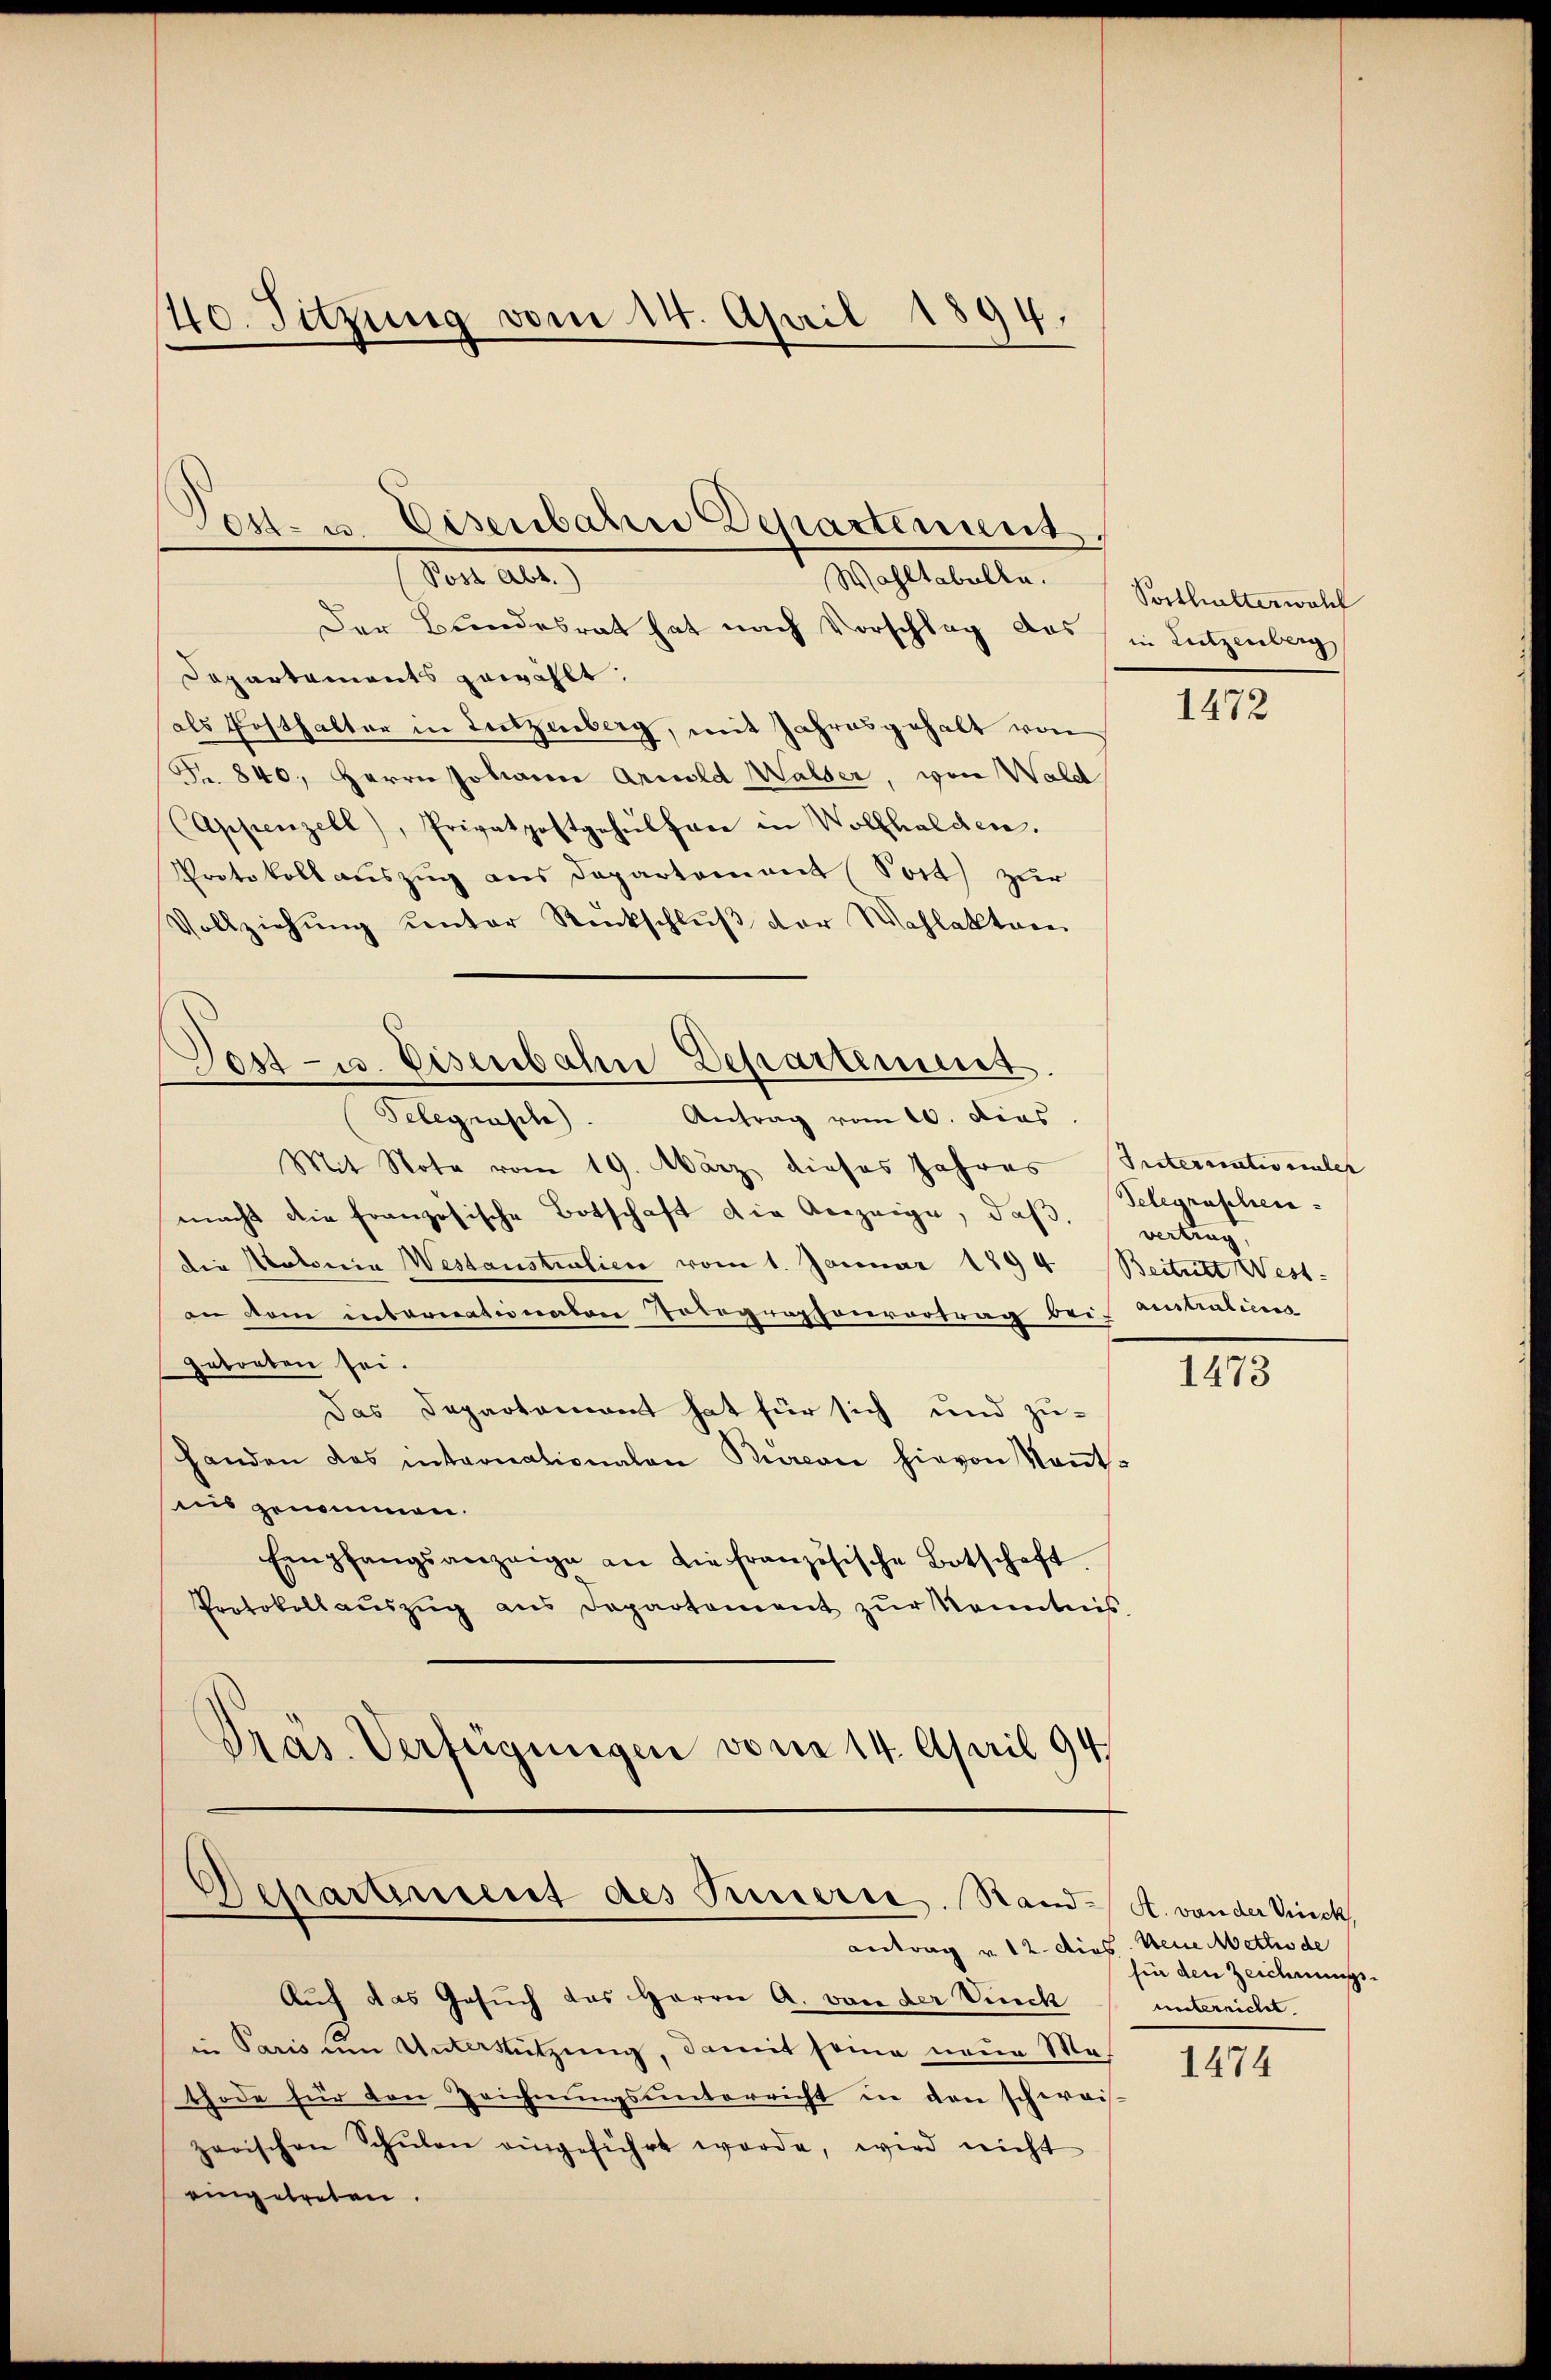
40. Sitzung vom 14. April 1894,

es- u. Eisenbahre Departement,
Post Abt.)
Wahltabella.

Der Bundesrat hat nach Vorschlag des
Departaments gewählt:
als Ersthalter in Lutzenberg, mit Jahresgehalt von
Fr. 840, Herrn Johann Arnold Walder, von Wald
Cappenzell), Privatpostgehülfare in Vollhalden.
Protokollauszug aus Departement Sort) zur
Vollziehŭng unter Rückschlŭβ der Wahlakter
Gelegrasche. Antrag vom 10. dies
Mit Note vom 19. März dieses Jahres Internationale
macht die französische Botschaft die Anzeige, daβ,
die Natoria Westanstralien vom 1. Januar 1894 Beitntt West-
an dem intronationalen Totographenvortrag bei anstations
getreten sei.
Das Departement hat für sich und zu-
handen das internationalen Bureau hievon Kant
ins genommen.
Empfangsanzeige an die französische Botschaft.
Protokoll aŭszŭg ans Departement zŭr Kenntnis
Präs. Verfügungen von 14. April 194.

Des - u. Eisenbahn Departement.

Departement des Innern. Stand-

Vorthalter wohl
in Lutzenberg

antrag v. 12. dies. Neue Methode
Auf das Gesŭch das Herrn A. von der Vinck
in Paris im Unterstützung, damit seine neue Mathode für den Zeichnŭngsŭnterricht in den schweis-
zerischen Schŭlen eingeführt werde, wird nicht
eingetreten.

1472

Telegraschen
vertrag

1473

A. von der Viech
fin den Zeichnungsunterricht.

1474